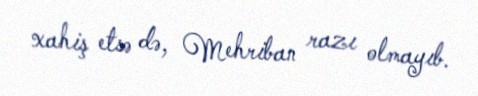
xahiş etsə də, Mehriban razı olmayıb.